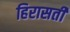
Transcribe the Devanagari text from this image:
हिरासती